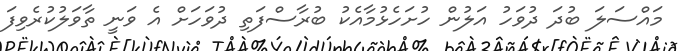
މައްސަލަ ބުދަ ދުވަހު އަލުން ހުށަހެޅުމާއެކު ބުރާސްފަތި ދުވަހަށް އެ ވަނީ ތާވަލުކުރެވިފަ